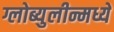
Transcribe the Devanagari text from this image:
ग्लोब्युलीन्मध्ये